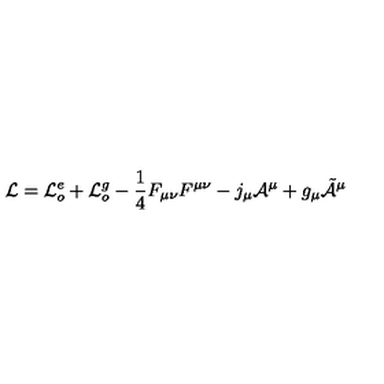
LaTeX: { \cal L } = { \cal L } _ { o } ^ { e } + { \cal L } _ { o } ^ { g } - \frac { 1 } { 4 } F _ { \mu \nu } F ^ { \mu \nu } - j _ { \mu } { \cal A } ^ { \mu } + g _ { \mu } \tilde { { \cal A } } ^ { \mu }